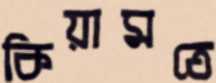
কিয়ামতে